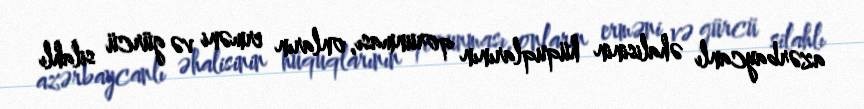
azərbaycanlı əhalisinin hüquqlarının qorunması, onların erməni və gürcü silahlı